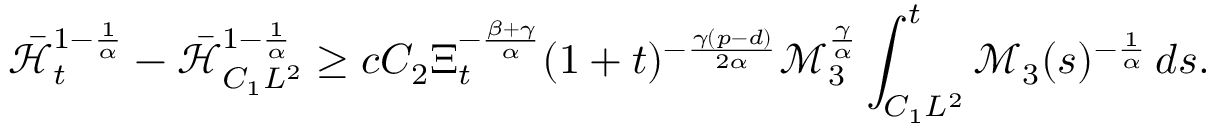
\bar { \mathcal { H } } _ { t } ^ { 1 - \frac { 1 } { \alpha } } - \bar { \mathcal { H } } _ { C _ { 1 } L ^ { 2 } } ^ { 1 - \frac { 1 } { \alpha } } \geq c C _ { 2 } \Xi _ { t } ^ { - \frac { \beta + \gamma } { \alpha } } ( 1 + t ) ^ { - \frac { \gamma ( p - d ) } { 2 \alpha } } \mathscr { M } _ { 3 } ^ { \frac { \gamma } { \alpha } } \int _ { C _ { 1 } L ^ { 2 } } ^ { t } \mathcal { M } _ { 3 } ( s ) ^ { - \frac { 1 } { \alpha } } \, d s .